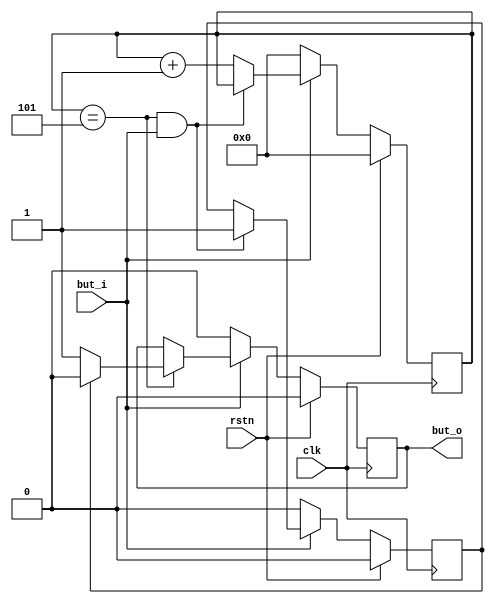
//`timescale 1ns / 1ps

module debouncer(clk, rstn,but_o,but_i);
input clk;
input but_i;
input rstn;
output reg but_o;
reg [3:0] count;
reg f_but;
always@ (posedge clk)begin
    if (rstn==1) begin
        f_but<=0;
        but_o=0;
        count<=0;
    end else begin
    if (!but_i)begin
        count<=0;
        f_but<=0;
        but_o=0;
    end else begin
    if ((count==5) && but_i==1) begin
        count<=count;
        f_but<=1;
    end else begin
        count<=count+1;
    end
    if (count==5)begin 
        if (f_but==0) begin
             but_o<=1;
        end else begin
             but_o<=0;
        end
    end
  end
  end
  end
  endmodule     
//module debounce_better_version(input pb_1,clk,output pb_out);
//wire slow_clk_en;
//wire Q1,Q2,Q2_bar,Q0;
//clock_enable u1(clk,slow_clk_en);
//my_dff_en d0(clk,slow_clk_en,pb_1,Q0);

//my_dff_en d1(clk,slow_clk_en,Q0,Q1);
//my_dff_en d2(clk,slow_clk_en,Q1,Q2);
//assign Q2_bar = ~Q2;
//assign pb_out = Q1 & Q2_bar;
//endmodule
//// Slow clock enable for debouncing button 
//module clock_enable(input Clk_100M,output slow_clk_en);
//    reg [26:0]counter=0;
//    always @(posedge Clk_100M)
//    begin
//       counter <= (counter>=249999)?0:counter+1;
//    end
//    assign slow_clk_en = (counter == 249999)?1'b1:1'b0;
//endmodule
//// D-flip-flop with clock enable signal for debouncing module 
//module my_dff_en(input DFF_CLOCK, clock_enable,D, output reg Q=0);
//    always @ (posedge DFF_CLOCK) begin
//  if(clock_enable==1) 
//           Q <= D;
//    end
//endmodule